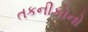
તકનીકોનો